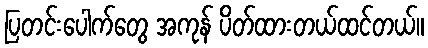
ပြတင်းပေါက်တွေ အကုန် ပိတ်ထားတယ်ထင်တယ်။